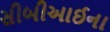
સીબીઆઈના